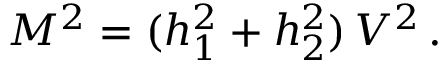
M ^ { 2 } = ( h _ { 1 } ^ { 2 } + h _ { 2 } ^ { 2 } ) \, { \cal V } ^ { 2 } \, .